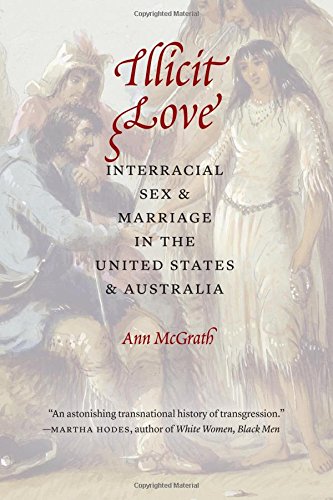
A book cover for Illicit Love: Interracial Sex and Marriage in the United States and Australia (Borderlands and Transcultural Studies); Ann McGrath; History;